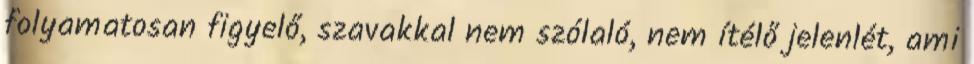
folyamatosan figyelő, szavakkal nem szólaló, nem ítélő jelenlét, ami